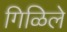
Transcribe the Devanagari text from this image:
गिळिले